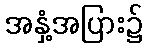
အနှံ့အပြား၌